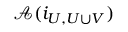
{ \mathcal { A } } ( i _ { U , U \cup V } )